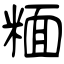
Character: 糆